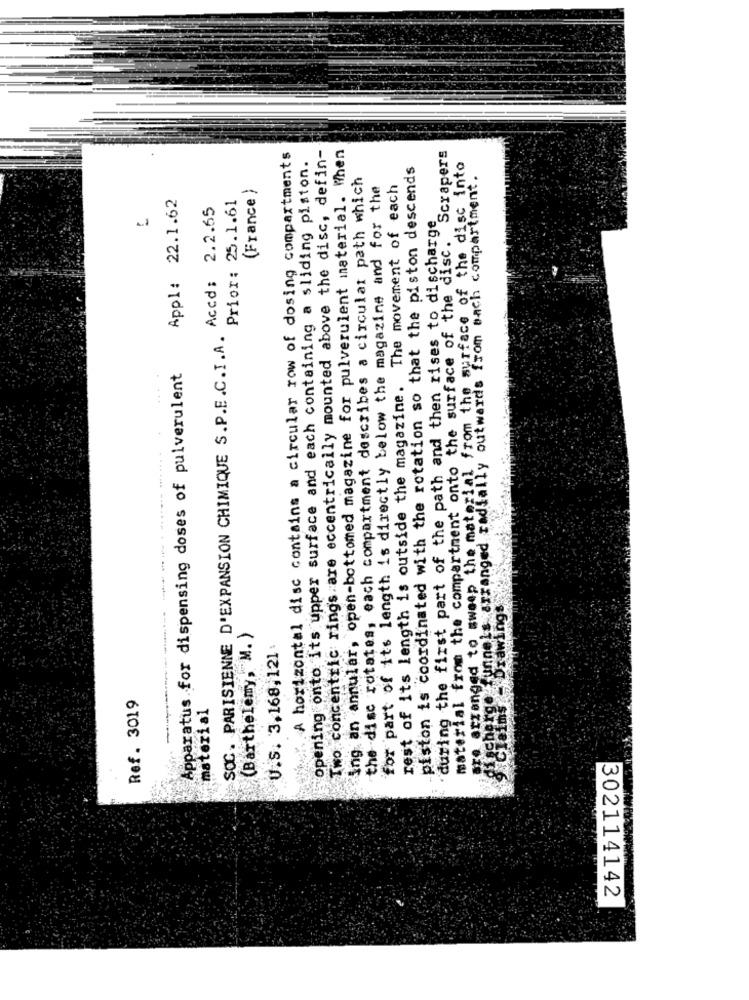
A horizontal disc contains a circular row of dosing compartments
opening onto its upper surface and each containing a sliding piston.
Two concentric rings are eccentrically mounted above the disc, defin-
ting an annular, open-bottomed magazine for pulverulent material. When
"during the first part of the path and then rises to dischargeScrapers
piston is coordinated with the rotation so that the piston descends
are arranged to sweep the material from the surface of the disc into
the disc rotates, each compartment describes a circular path which
scherge funnels arranged radially outwards from sach compartment.
(France )
for part of its length is directly below the magazine and for the
rest of its length is outside the magazine. The movement of each
Appl: 22.1.62
Prior: 25.1.61
SOC. PARISIENNE D'EXPANSION CHIMIQUE S.P.E.C.I.A. Accd: 2.2.65
-
material from the compartment onto the surface of the disc.
Apparatus for dispensing doses of pulverulent
(Barthelemy, M. )
U.S. 3.168,121 .
Ref. 3019
material
Claims
302114142